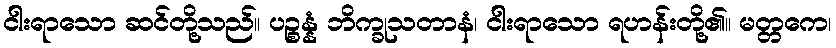
ငါးရာသော ဆင်တို့သည်။ ပဉ္စန္နံ ဘိက္ခုသတာနံ၊ ငါးရာသော ရဟန်းတို့၏။ မတ္တကေ၊